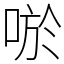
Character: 唹